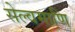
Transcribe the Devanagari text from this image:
सेल्वमाणि